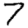
Digit: 7